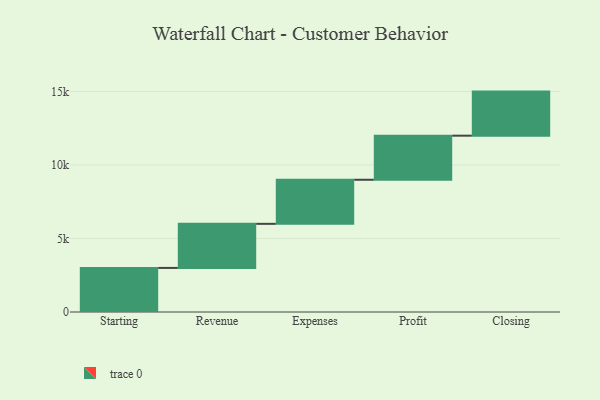
{"axis": {"x": "Step", "y": "Value"}, "legend": [""], "data": [{"x": "Starting", "y": 3000, "type": ""}, {"x": "Revenue", "y": 3000, "type": ""}, {"x": "Expenses", "y": 3000, "type": ""}, {"x": "Profit", "y": 3000, "type": ""}, {"x": "Closing", "y": 3000, "type": ""}]}